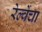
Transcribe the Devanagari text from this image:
रेल्वेंचा